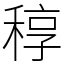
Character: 稕